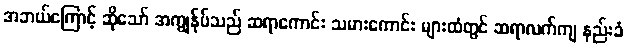
အဘယ်ကြောင့် ဆိုသော် အကျွန်ုပ်သည် ဆရာကောင်း သမားကောင်း များထံတွင် ဆရာလက်ကျ နည်းခံ